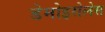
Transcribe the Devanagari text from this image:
डेमोइसेलेस